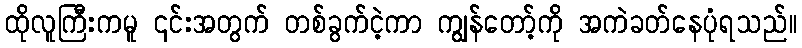
ထိုလူကြီးကမူ ၎င်းအတွက် တစ်ခွက်ငဲ့ကာ ကျွန်တော့်ကို အကဲခတ်နေပုံရသည်။